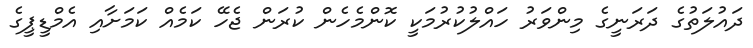
ދައުލަތުގެ ދަރަނީގެ މިންވަރު ހައްލުކުރުމަކީ ކޮންމެހެން ކުރަން ޖެހޭ ކަމެއް ކަމަށާއި އެމްޑީޕީގެ